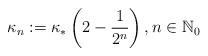
LaTeX: \begin{align*}\kappa_n:=\kappa_*\left(2-\frac{1}{2^n}\right), n\in \mathbb{N}_0\end{align*}